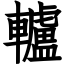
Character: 轤